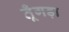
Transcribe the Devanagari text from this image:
तूँगड़ा